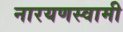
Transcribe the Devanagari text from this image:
नारयणस्वामी